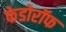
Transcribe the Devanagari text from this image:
फेडोरॉफ